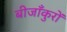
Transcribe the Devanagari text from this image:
बीजाँकुरों